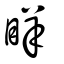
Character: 眻